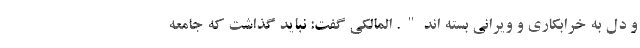
و دل به خرابکاری و ویرانی بسته اند". المالکی گفت: نباید گذاشت که جامعه